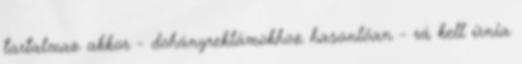
tartalmaz akkor - dohányreklámokhoz hasonlóan - rá kell írnia